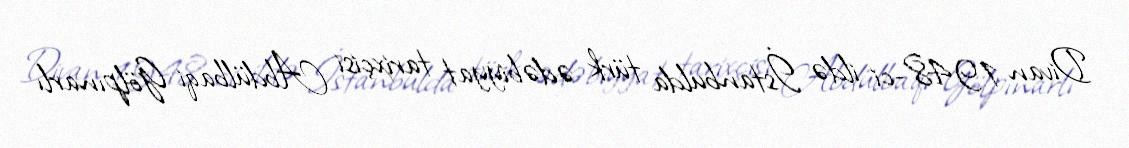
Divan 1948-ci ildə İstanbulda türk ədəbiyyat tarixçisi Abdülbaqi Gölpınarlı